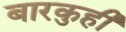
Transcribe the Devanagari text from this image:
बारकुही